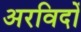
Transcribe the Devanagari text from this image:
अरविदों